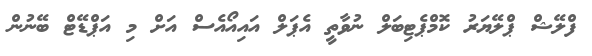
ފްލޭޝް ޕްލޭޔަރު ކޮމްޕެޓިބަލް ނުވާތީ އެޕަލް އައިއޯއެސް އަށް މި އަޕްޑޭޓް ބޭނުން